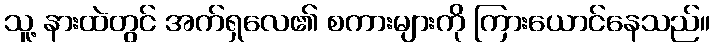
သူ့ နားထဲတွင် အက်ရှလေ၏ စကားများကို ကြားယောင်နေသည်။